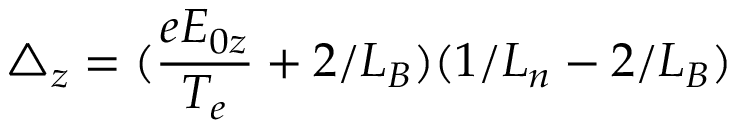
\triangle _ { z } = ( \frac { e E _ { 0 z } } { T _ { e } } + 2 / L _ { B } ) ( 1 / L _ { n } - 2 / L _ { B } )